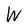
Character: W